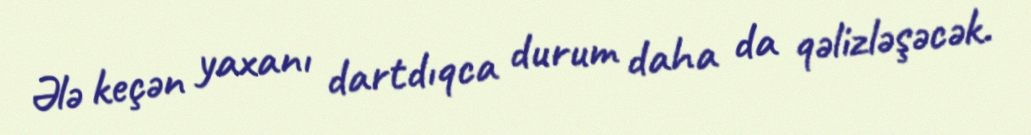
Ələ keçən yaxanı dartdıqca durum daha da qəlizləşəcək.